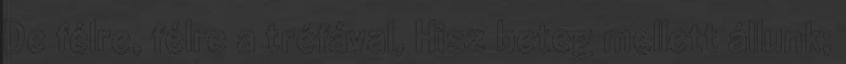
De félre, félre a tréfával, Hisz beteg mellett állunk;